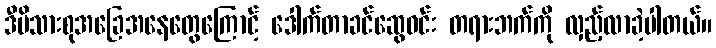
ဒီမိသားစုအခြေအနေတွေကြောင့် ဒေါက်တာခင်ဆွေဝင်း တရားဘက်ကို လှည့်လာခဲ့ပါတယ်။